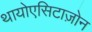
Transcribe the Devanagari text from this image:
थायोएसिटाज़ोन